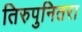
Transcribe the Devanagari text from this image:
तिरुपुनितरा